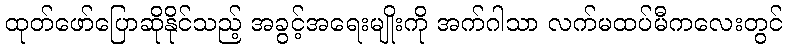
ထုတ်ဖော်ပြောဆိုနိုင်သည့် အခွင့်အရေးမျိုးကို အက်ဂါသာ လက်မထပ်မီကလေးတွင်